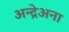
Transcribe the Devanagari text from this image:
अन्द्रेअना